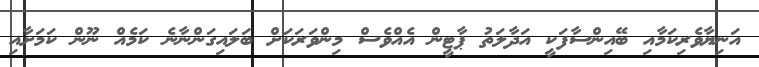
އަނިޔާވެރިކަމާއި ބޭއިންސާފަކީ އަދާލަތު ޕާޓީން އެއްވެސް މިންވަރަކަށް ބަލައިގަންނާނެ ކަމެއް ނޫން ކަމަށާއި